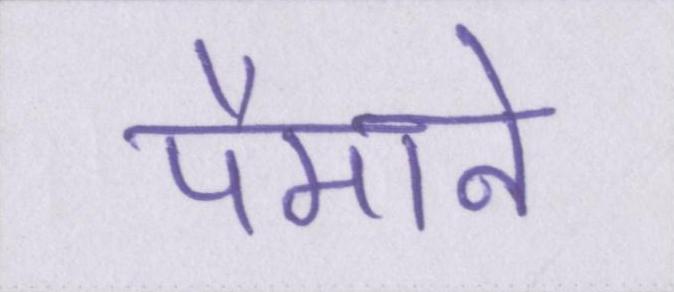
पैमाने